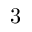
3